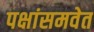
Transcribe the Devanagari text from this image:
पक्षांसमवेत